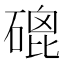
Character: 磇